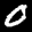
Label: 0